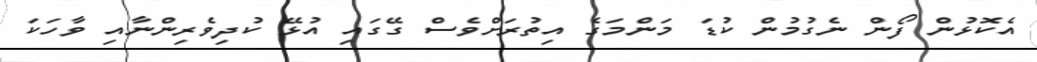
އެކޮޅުން ފޯން ނެގުމުން ކުޑަ މަންމަގެ އިތުރަށްވެސް ގޭގައި އުޅޭ ކުދިވެރިންނާއި ވާހަކަ